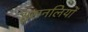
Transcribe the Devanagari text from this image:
श्वसनलियों